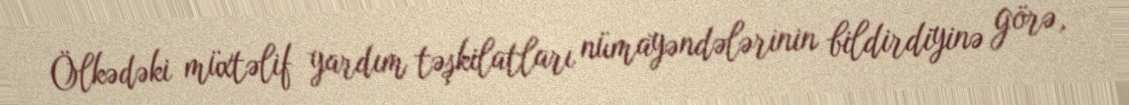
Ölkədəki müxtəlif yardım təşkilatları nümayəndələrinin bildirdiyinə görə,